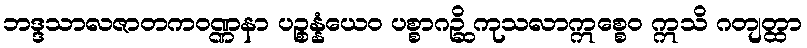
ဘဒ္ဒသာလဇာတကဝဏ္ဏနာ ပဉ္စန္နံယေဝ ပစ္စာဂဉ္ဆိ ကုသလာဣစ္စေဝ ဣသိ ဂတျတ္ထာ